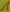
Text: 1